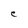
Character: e